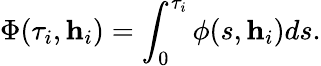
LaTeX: \Phi(\tau_{i},\textbf{h}_{i})=\int_{0}^{\tau_{i}}\phi(s,\textbf{h}_{i})ds.